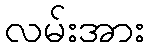
လမ်းအား